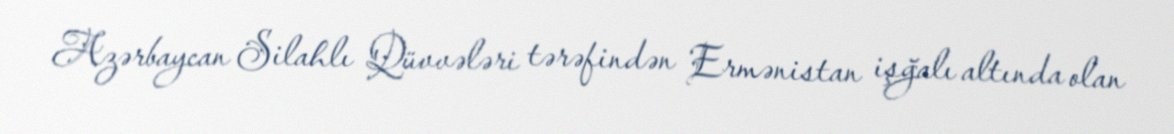
Azərbaycan Silahlı Qüvvələri tərəfindən Ermənistan işğalı altında olan